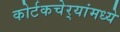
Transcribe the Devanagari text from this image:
कोर्टकचेर्‍यांमध्ये